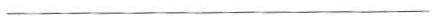
___